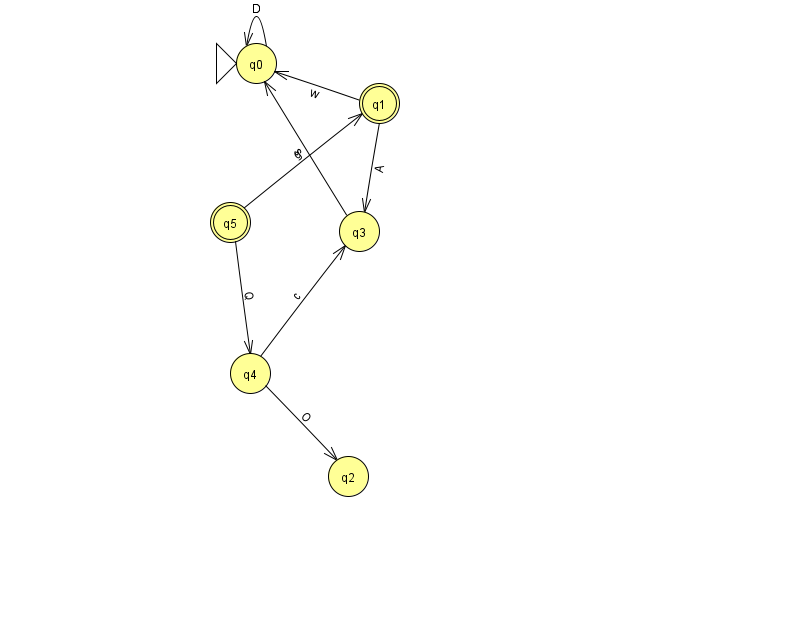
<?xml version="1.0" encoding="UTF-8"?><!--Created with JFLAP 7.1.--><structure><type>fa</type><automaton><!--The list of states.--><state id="0" name="q0"><x>256.0</x><y>50.0</y><initial/></state><state id="1" name="q1"><x>379.0</x><y>90.0</y><final/></state><state id="2" name="q2"><x>348.0</x><y>463.0</y></state><state id="3" name="q3"><x>359.0</x><y>218.0</y></state><state id="4" name="q4"><x>250.0</x><y>360.0</y></state><state id="5" name="q5"><x>230.0</x><y>209.0</y><final/></state><!--The list of transitions.--><transition><from>1</from><to>0</to><read>w</read></transition><transition><from>5</from><to>4</to><read>Q</read></transition><transition><from>4</from><to>3</to><read>c</read></transition><transition><from>0</from><to>0</to><read>D</read></transition><transition><from>1</from><to>3</to><read>A</read></transition><transition><from>4</from><to>2</to><read>O</read></transition><transition><from>5</from><to>1</to><read>g</read></transition><transition><from>3</from><to>0</to><read>s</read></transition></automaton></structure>